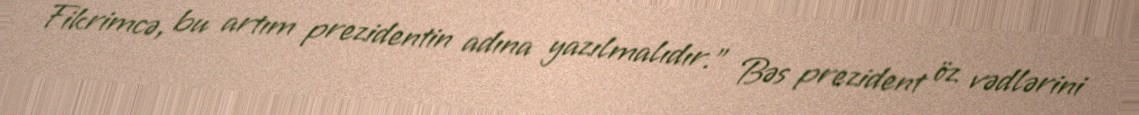
Fikrimcə, bu artım prezidentin adına yazılmalıdır.” Bəs prezident öz vədlərini